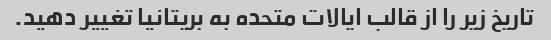
تاریخ زیر را از قالب ایالات متحده به بریتانیا تغییر دهید.